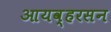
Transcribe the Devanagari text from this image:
आयव्हरसन